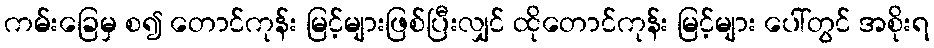
ကမ်းခြေမှ စ၍ တောင်ကုန်း မြင့်များဖြစ်ပြီးလျှင် ထိုတောင်ကုန်း မြင့်များ ပေါ်တွင် အစိုးရ